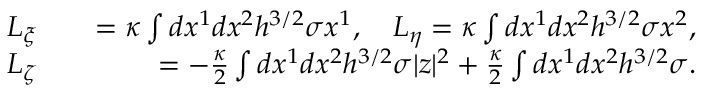
\begin{array} { r l r } { L _ { \xi } } & { } & { = \kappa \int d x ^ { 1 } d x ^ { 2 } h ^ { 3 / 2 } \sigma x ^ { 1 } , \quad L _ { \eta } = \kappa \int d x ^ { 1 } d x ^ { 2 } h ^ { 3 / 2 } \sigma x ^ { 2 } , } \\ { L _ { \zeta } } & { } & { = - \frac { \kappa } { 2 } \int d x ^ { 1 } d x ^ { 2 } h ^ { 3 / 2 } \sigma | z | ^ { 2 } + \frac { \kappa } { 2 } \int d x ^ { 1 } d x ^ { 2 } h ^ { 3 / 2 } \sigma . } \end{array}